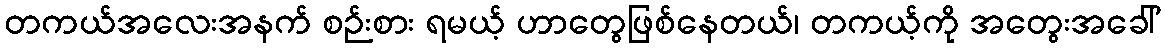
တကယ်အလေးအနက် စဉ်းစား ရမယ့် ဟာတွေဖြစ်နေတယ်၊ တကယ့်ကို အတွေးအခေါ်